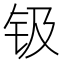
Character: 钑